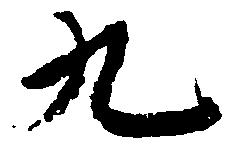
九